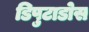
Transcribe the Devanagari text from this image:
डिपुटाडोस